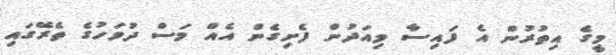
މީގެ އިތުރުން އެ ފައިސާ މިއަދުން ފެށިގެން އެއް މަސް ދުވަހުގެ ތެރޭގައި